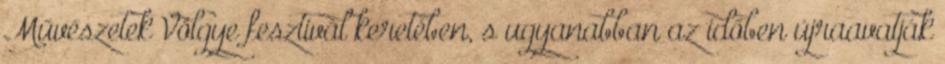
Művészetek Völgye fesztivál keretében, s ugyanabban az időben újraavatják